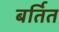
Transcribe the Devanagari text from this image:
बर्तित